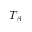
T _ { \beta }